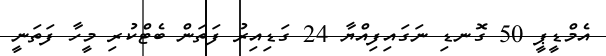
އެމްޑީޕީ 50 ގޮނޑި ނަގައިފިއްޔާ 24 ގަޑިއިރު ފަތަން ބެޓްކުރި މީހާ ފަތަނީ